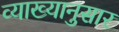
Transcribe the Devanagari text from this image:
व्याख्यानुसार